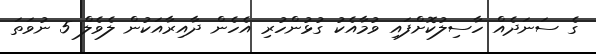
ގެ ސަނަދެއް ހާސިލުކޮށްފައި ވުމާއެކު ގުޅުންހުރި އެހެން ދާއިރާއަކުން ލެވެލް 5 ނުވަތަ